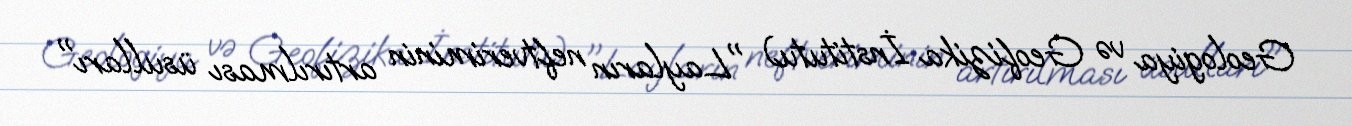
Geologiya və Geofizika İnstitutu) "Layların neftveriminin artırılması üsulları"